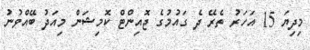
މިދިޔަ 15 އަހަރު ތެރޭ ދެ ގައުމުގެ ޖޮއިންޓް ކޮމިޝަން މިއަދު ބޭއްވުނު